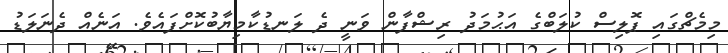
މިމެޗްގައި ޕޮލިސް ކުލަބްގެ އަޙުމަދު ރިޝްފާން ވަނީ ދެ ލަނޑުކާމިޔާބުކޮށްފައެވެ. އަނެއް ދެނަލަޑު